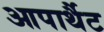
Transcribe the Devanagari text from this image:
आपार्थैट